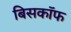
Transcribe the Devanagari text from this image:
बिसकॉफ